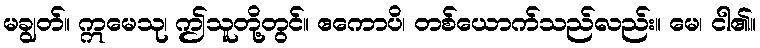
မချွတ်။ ဣမေသု၊ ဤသူတို့တွင်။ ဧကောပိ၊ တစ်ယောက်သည်လည်း။ မေ၊ ငါ၏။